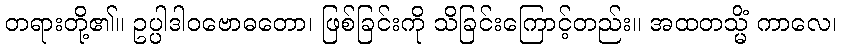
တရားတို့၏။ ဥပ္ပါဒါဝဗောဓတော၊ ဖြစ်ခြင်းကို သိခြင်းကြောင့်တည်း။ အထတသ္မိံ ကာလေ၊